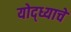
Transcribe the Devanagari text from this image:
योद्ध्याचे